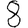
Digit: 8